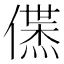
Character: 𬿱